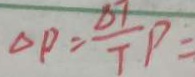
\Delta P = \frac { \Delta T } { T } P =